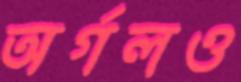
অর্গলও